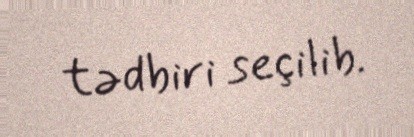
tədbiri seçilib.